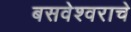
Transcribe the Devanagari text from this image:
बसवेश्वराचे